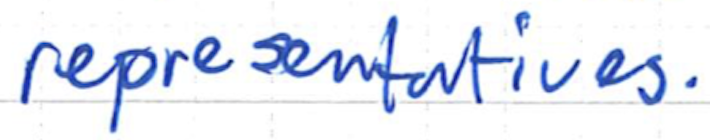
Text: representatives.
Cross-out: clean
Writing tool: ballpoint